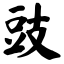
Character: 豉